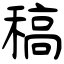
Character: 稿